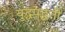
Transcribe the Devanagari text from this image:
युद्धपद्धती